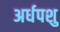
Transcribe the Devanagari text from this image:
अर्धपशु